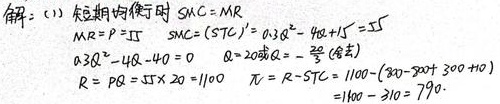
解：(1) 短期均衡时 \(SMC = MR\)
\[\begin{align*}
MR&=P = 55\\
SMC&=(STC)^\prime=0.3Q^{2}-4Q + 15 = 55\\
0.3Q^{2}-4Q - 40&=0\\
Q&=20\text{ 或 }Q =-\frac{20}{3}\text{（舍去）}\\
R&=PQ = 55\times20 = 1100\\
\pi&=R - STC=1100 - 310 = 790
\end{align*}\]